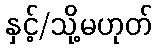
နှင့်/သို့မဟုတ်